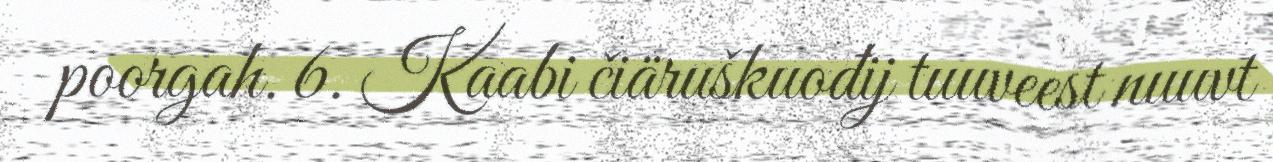
poorgah. 6. Kaabi čiäruškuođij tuuveest nuuvt